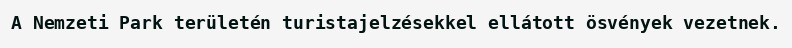
A Nemzeti Park területén turistajelzésekkel ellátott ösvények vezetnek.